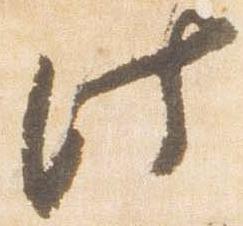
此